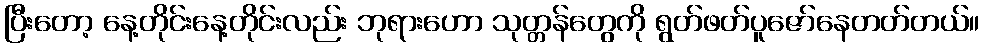
ပြီးတော့ နေ့တိုင်းနေ့တိုင်းလည်း ဘုရားဟော သုတ္တန်တွေကို ရွတ်ဖတ်ပူဇော်နေတတ်တယ်။